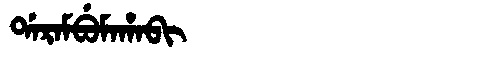
Manchu: ᡩᠠᡵᠠᠮᠪᡠᠮᠠᡥᠠᠪᡳ
Romanization: DARAMBUMAHABI